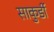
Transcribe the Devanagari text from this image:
साकुर्डी